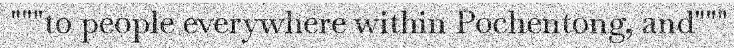
"""to people everywhere within Pochentong, and"""